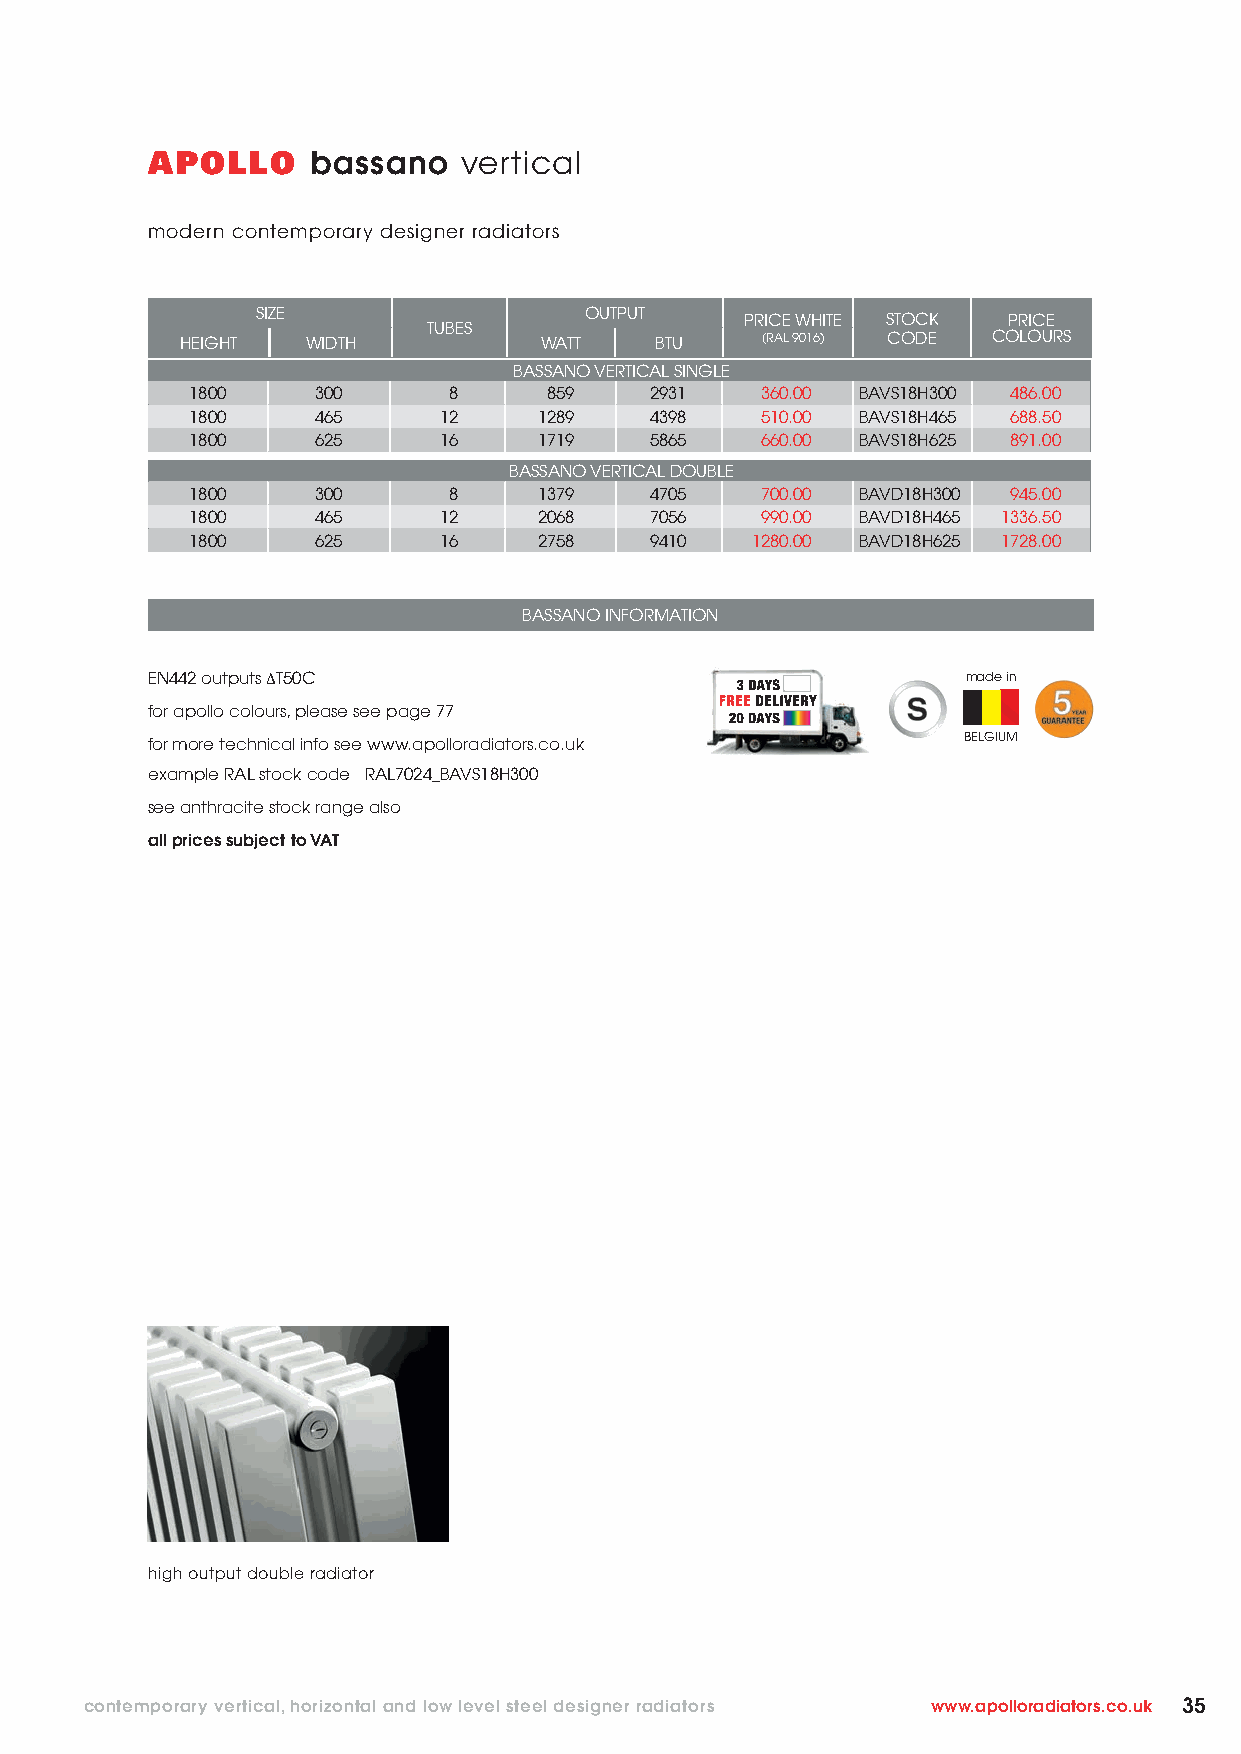
APOLLO     bassano  vertical
 modern contemporary designer radiators
 SIZE                  OUTPUT    PRICE WHITE STOCK PRICE
 TUBES
 HEIGHT  WIDTH           WATT   BTU    (RAL 9016) CODE COLOURS
 BASSANO VERTICAL SINGLE
 1800    300      8     859    2931   360.00 BAVS18H300 486.00
 1800    465     12     1289   4398   510.00 BAVS18H465 688.50
 1800    625     16     1719   5865   660.00 BAVS18H625 891.00
 BASSANO VERTICAL DOUBLE
 1800    300      8     1379   4705   700.00 BAVD18H300 945.00
 1800    465     12     2068   7056   990.00 BAVD18H465 1336.50
 1800    625     16     2758   9410   1280.00 BAVD18H625 1728.00
 BASSANO INFORMATION
 EN442 outputs ΔT50C                                   made in
 for apollo colours, please see page 77
 for more technical info see www.apolloradiators.co.uk BELGIUM
 example RAL stock code RAL7024_BAVS18H300
 see anthracite stock range also
 all prices subject to VAT
 high output double radiator
 contemporary vertical, horizontal and low level steel designer radiators www.apolloradiators.co.uk 35